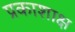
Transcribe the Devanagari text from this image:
प्रकाशाक्ष